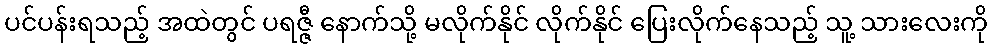
ပင်ပန်းရသည့် အထဲတွင် ပရဇ္ဇီ နောက်သို့ မလိုက်နိုင် လိုက်နိုင် ပြေးလိုက်နေသည့် သူ့ သားလေးကို